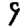
Digit: 9